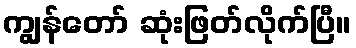
ကျွန်တော် ဆုံးဖြတ်လိုက်ပြီ။